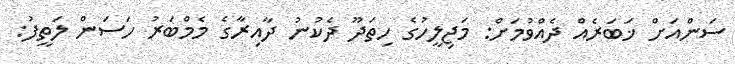
ސަންއަށް ޚަބަރެއް ދެއްވުމަށް: މަޖިލީހުގެ ހިތަދޫ ދެކުނު ދާއިރާގެ މެމްބަރު ހަސަން ލަތީފު: